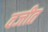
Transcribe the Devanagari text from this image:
वजीत